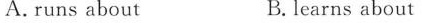
A.runs about B. learns about